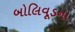
બોલિવૂડના